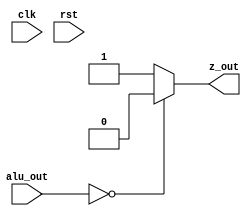
module z(
	input clk,rst,
	input [7:0] alu_out,
	output reg z_out
	);
	
always @(*) begin
	if(alu_out==8'b00000000) z_out=0;
	else z_out=1;
	end
endmodule